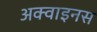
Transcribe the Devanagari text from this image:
अक्वाइनस